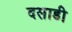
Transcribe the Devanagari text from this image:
दसाडी